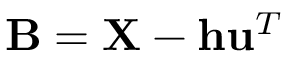
\mathbf { B } = \mathbf { X } - \mathbf { h } \mathbf { u } ^ { T }